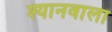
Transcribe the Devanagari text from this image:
श्यानवाला